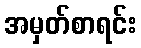
အမှတ်စာရင်း